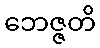
ဘေဇ္ဇတိ